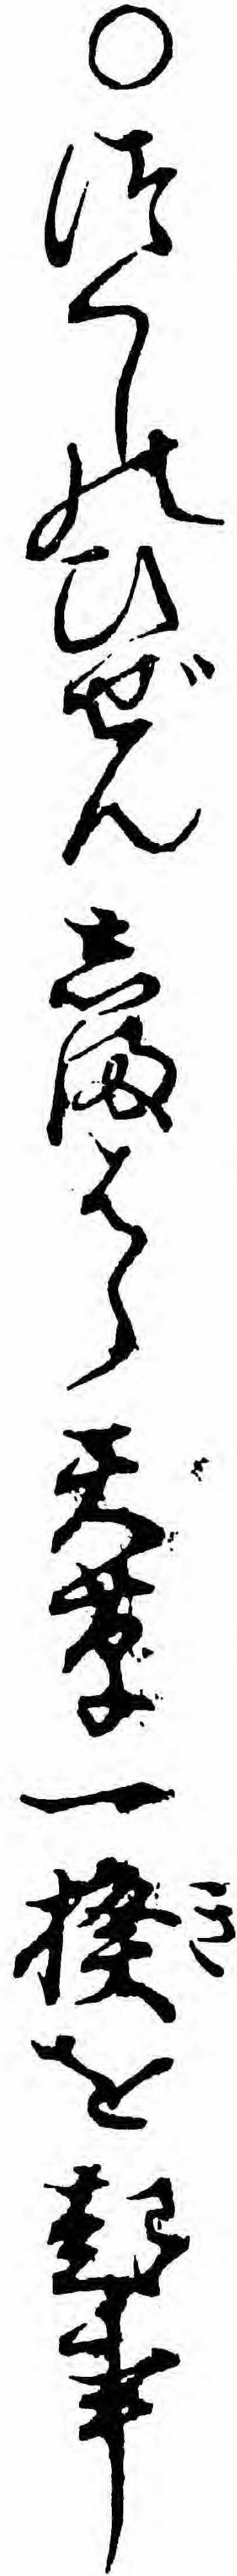
○つくしのひぜんしまはら天草一揆を起事